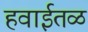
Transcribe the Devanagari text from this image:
हवाईतळ